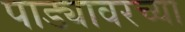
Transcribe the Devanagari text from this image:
पाड्यावरच्या